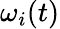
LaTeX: \omega_{i}(t)